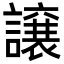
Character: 譲